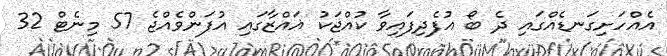
އެއްހަށިގަނޑެއްގައި ދެ ބޯ އުފެދިފައިވާ ކުއްޖަކު ޣައްޒާގައި އުފަންވެއްޖެ 57 މިނެޓް 32